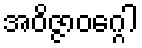
အဝိဇ္ဇာဝဂ္ဂေါ